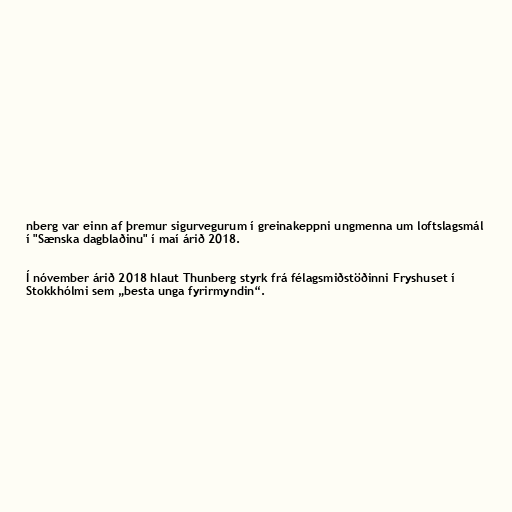
nberg var einn af þremur sigurvegurum í greinakeppni ungmenna um loftslagsmál
í "Sænska dagblaðinu" í maí árið 2018.

Í nóvember árið 2018 hlaut Thunberg styrk frá félagsmiðstöðinni Fryshuset í
Stokkhólmi sem „besta unga fyrirmyndin“.